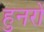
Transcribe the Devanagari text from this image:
हुनरों